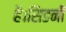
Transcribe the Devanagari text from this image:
है।सिडनी